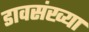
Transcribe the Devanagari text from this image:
डावसंख्या